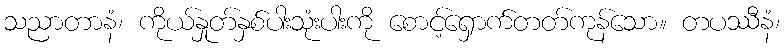
သညာတာနံ၊ ကိုယ်နှုတ်နှစ်ပါးသုံးပါးကို စောင့်ရှောက်တတ်ကုန်သော။ တပဿီနံ၊